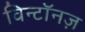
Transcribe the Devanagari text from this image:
विन्टॉनज़